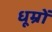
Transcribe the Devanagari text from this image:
धूम्रों